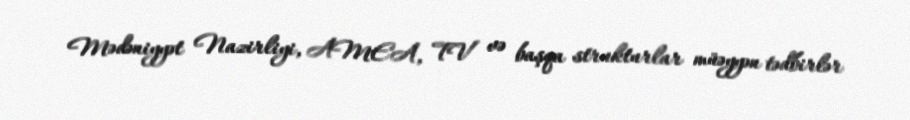
Mədəniyyət Nazirliyi, AMEA, TV və başqa strukturlar müəyyən tədbirlər